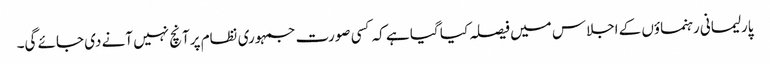
پارلیمانی رہنماؤں کے اجلاس میں فیصلہ کیا گیا ہے کہ کسی صورت جمہوری نظام پرآنچ نہیں آنے دی جائے گی۔